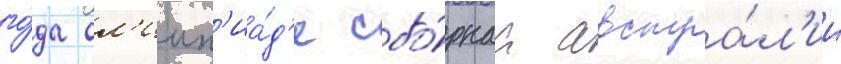
го́да ол'имп'иа́д'е сбо́рнаа австра́л'ии